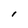
Character: I